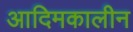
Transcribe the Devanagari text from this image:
आदिमकालीन